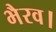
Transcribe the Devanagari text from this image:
भैरव।